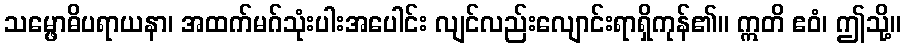
သမ္ဖောဓိပရာယနာ၊ အထက်မဂ်သုံးပါးအပေါင်း လျင်လည်းလျောင်းရာရှိကုန်၏။ ဣတိ ဧဝံ၊ ဤသို့။